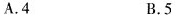
A.4 B.5